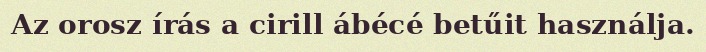
Az orosz írás a cirill ábécé betűit használja.